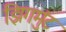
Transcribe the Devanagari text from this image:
झिगमुंट